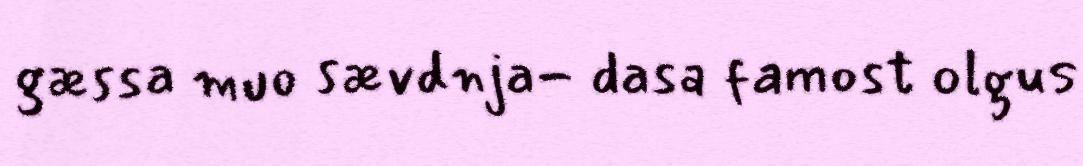
gæssa muo sævdnja- dasa famost olgus